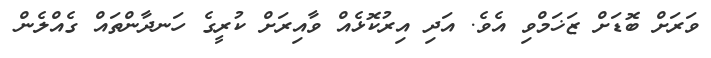
ވަރަށް ބޮޑަށް ޒަޚަމްވި އެވެ. އަދި އިރުކޮޅެއް ވާއިރަށް ކުރީގެ ހަނދާންތައް ގެއްލެން